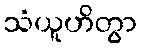
သံယူဟိတွာ